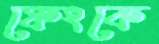
ফেংকে